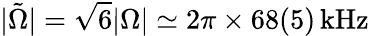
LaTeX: |\tilde{\Omega}|=\sqrt{6}|\Omega|\simeq 2\pi\times 68(5)\, \mathrm{kHz}